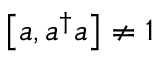
\left[ a , a ^ { \dagger } a \right] \neq 1